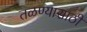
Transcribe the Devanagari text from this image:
तळण्यासाठी